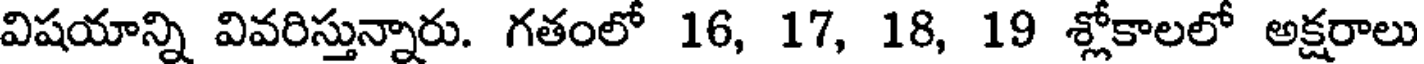
విషయాన్ని వివరిస్తున్నారు. గతంలో 16, 17, 18, 19 శ్లోకాలలో అక్షరాలు